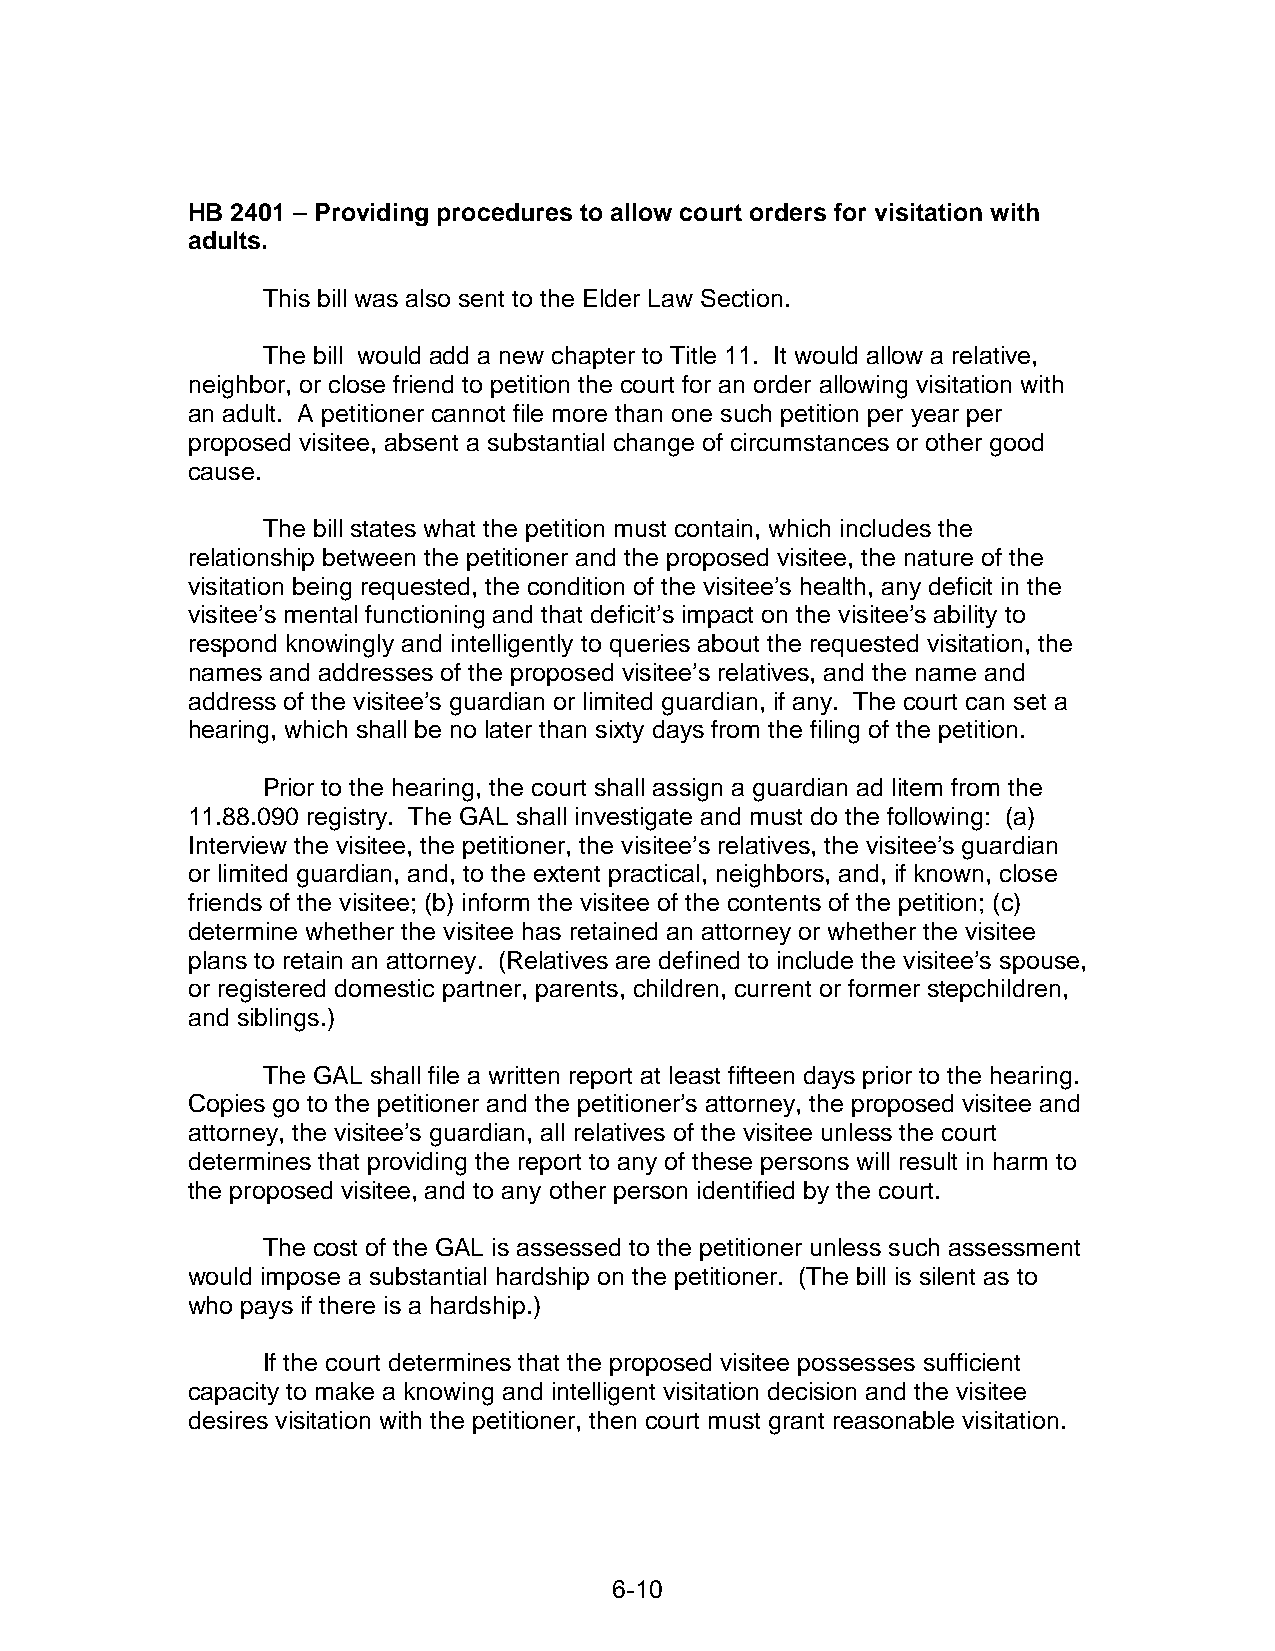
HB 2401 – Providing procedures to allow court orders for visitation with
 adults.
 This bill was also sent to the Elder Law Section.
 The bill would add a new chapter to Title 11. It would allow a relative,
 neighbor, or close friend to petition the court for an order allowing visitation with
 an adult. A petitioner cannot file more than one such petition per year per
 proposed visitee, absent a substantial change of circumstances or other good
 cause.
 The bill states what the petition must contain, which includes the
 relationship between the petitioner and the proposed visitee, the nature of the
 visitation being requested, the condition of the visitee’s health, any deficit in the
 visitee’s mental functioning and that deficit’s impact on the visitee’s ability to
 respond knowingly and intelligently to queries about the requested visitation, the
 names and addresses of the proposed visitee’s relatives, and the name and
 address of the visitee’s guardian or limited guardian, if any. The court can set a
 hearing, which shall be no later than sixty days from the filing of the petition.
 Prior to the hearing, the court shall assign a guardian ad litem from the
 11.88.090 registry. The GAL shall investigate and must do the following: (a)
 Interview the visitee, the petitioner, the visitee’s relatives, the visitee’s guardian
 or limited guardian, and, to the extent practical, neighbors, and, if known, close
 friends of the visitee; (b) inform the visitee of the contents of the petition; (c)
 determine whether the visitee has retained an attorney or whether the visitee
 plans to retain an attorney. (Relatives are defined to include the visitee’s spouse,
 or registered domestic partner, parents, children, current or former stepchildren,
 and siblings.)
 The GAL shall file a written report at least fifteen days prior to the hearing.
 Copies go to the petitioner and the petitioner’s attorney, the proposed visitee and
 attorney, the visitee’s guardian, all relatives of the visitee unless the court
 determines that providing the report to any of these persons will result in harm to
 the proposed visitee, and to any other person identified by the court.
 The cost of the GAL is assessed to the petitioner unless such assessment
 would impose a substantial hardship on the petitioner. (The bill is silent as to
 who pays if there is a hardship.)
 If the court determines that the proposed visitee possesses sufficient
 capacity to make a knowing and intelligent visitation decision and the visitee
 desires visitation with the petitioner, then court must grant reasonable visitation.
 6-10